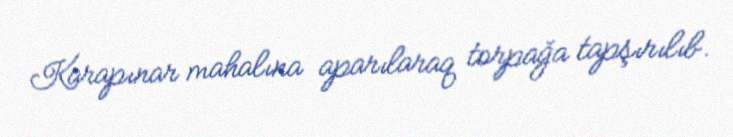
Karapınar mahalına aparılaraq torpağa tapşırılıb.